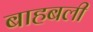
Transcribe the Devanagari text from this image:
बाहबली